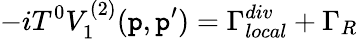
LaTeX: -iT^{0}V_{1}^{(2)}(\mathtt{p},\mathtt{p}^{\prime})=\Gamma_{local}^{div}+\Gamma_{R}